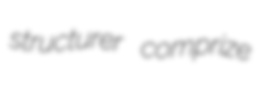
structurer comprize